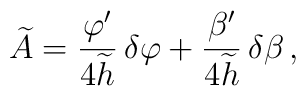
\widetilde{A} = {\varphi'\over4\widetilde{h}} \, \delta\varphi  +{\beta'\over4\widetilde{h}} \, \delta\beta \, .